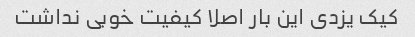
کیک یزدی این بار اصلا کیفیت خوبی نداشت